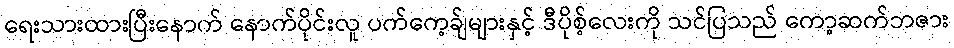
ရေးသားထားပြီးနောက် နောက်ပိုင်းလူ ပက်ကေ့ခ်ျများနှင့် ဒီပိုစ့်လေးကို သင်ပြသည် ကော့ဆက်ဘဇား